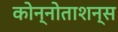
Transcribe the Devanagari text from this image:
कोन्नोताशन्स